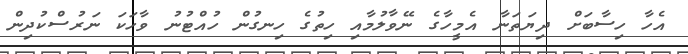
އެހާ ހިސާބަށް ދިޔަތަނާ އެމީހާގެ ނޭވާލުމާއި ހިތުގެ ހިނގުން ހުއްޓުނު ވާހަކަ ނަރުސްކުދިން